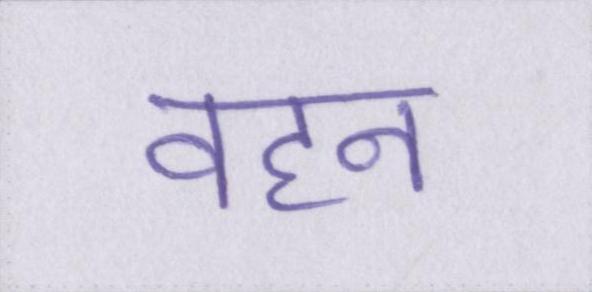
वहन